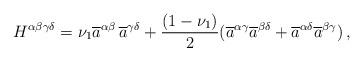
LaTeX: \begin{align*} H^{\alpha \beta \gamma \delta} = \nu_1 \overline{a}^{\alpha \beta} \, \overline{a}^{\gamma \delta} + \frac{(1 - \nu_1)}{2} (\overline{a}^{\alpha \gamma} \overline{a}^{\beta \delta} + \overline{a}^{\alpha \delta} \overline{a}^{\beta \gamma}) \, ,\end{align*}